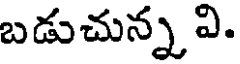
బడుచున్న వి.